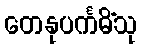
တေနုပင်္ကမိံသု